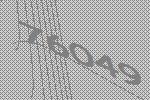
76049